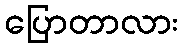
ပြောတာလား